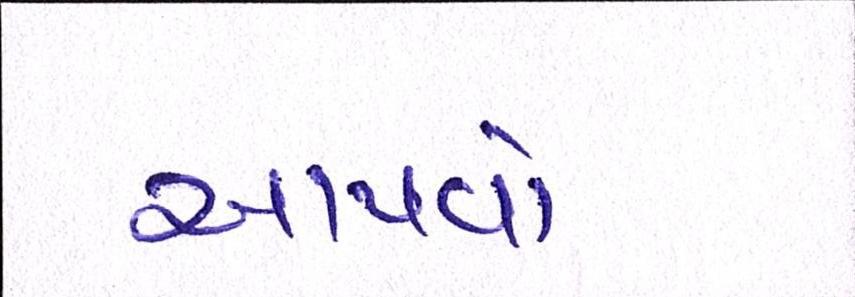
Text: આપવો